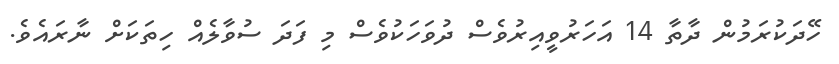
ހޭދަކުރަމުން ދާތާ 14 އަހަރުވީއިރުވެސް ދުވަހަކުވެސް މި ފަދަ ސުވާލެއް ހިތަކަށް ނާރައެވެ.